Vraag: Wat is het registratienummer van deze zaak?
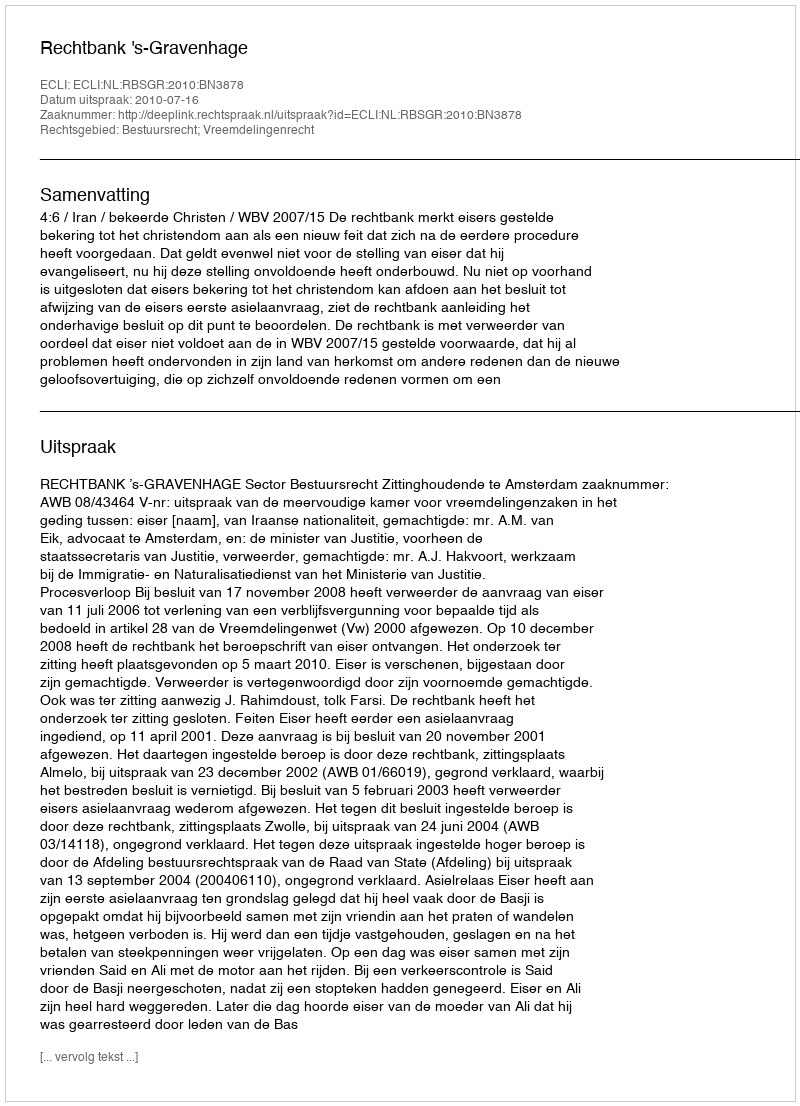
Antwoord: http://deeplink.rechtspraak.nl/uitspraak?id=ECLI:NL:RBSGR:2010:BN3878